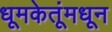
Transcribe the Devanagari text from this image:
धूमकेतूंमधून